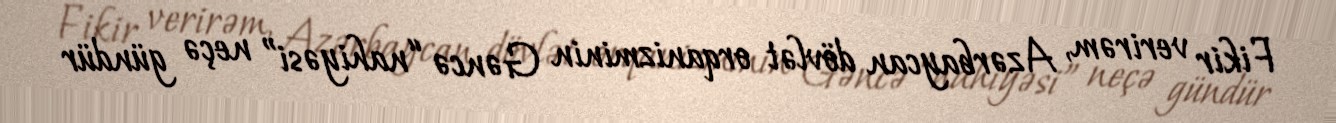
Fikir verirəm, Azərbaycan dövlət orqanizminin Gəncə “nahiyəsi” neçə gündür